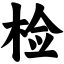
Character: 检